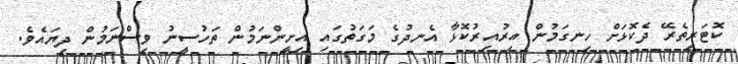
ކޮޓަރިތެރޭ ދެކޮޅަށް ހިނގަމުން އިރުއިރުކޮޅާ އެނދުގެ މަގަތުގައި އިށީންނަމުން ތަހުސީނު ވިސްނަމުން ދިޔައެވެ.